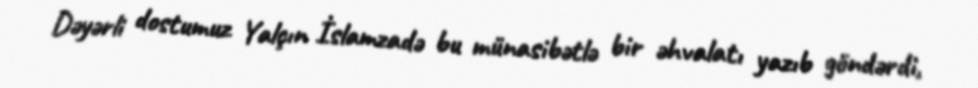
Dəyərli dostumuz Yalçın İslamzadə bu münasibətlə bir əhvalatı yazıb göndərdi,